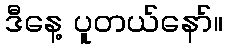
ဒီနေ့ ပူတယ်နော်။